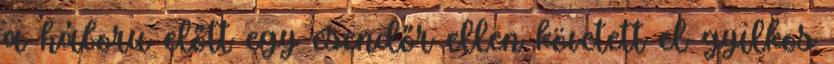
a háboru előtt egy csendőr ellen követett el gyilkos